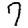
Digit: 7